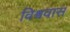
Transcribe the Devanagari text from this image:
विश्ववास